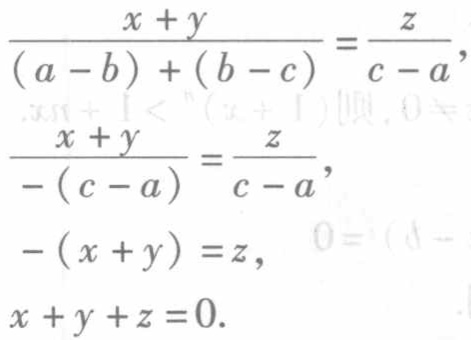
\[\begin{align*}

\frac{x + y}{(a - b)+(b - c)}&=\frac{z}{c - a},\\

\frac{x + y}{-(c - a)}&=\frac{z}{c - a},\\

-(x + y)&=z,\\

x + y+z&=0.

\end{align*}\]